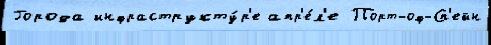
Города инфраструкту́р'е апр'е́л'е Порт-оф-Сп'ейн